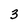
Character: 3